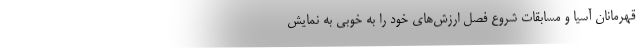
قهرمانان آسیا و مسابقات شروع فصل ارزش‌های خود را به خوبی به نمایش